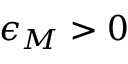
\epsilon _ { M } > 0